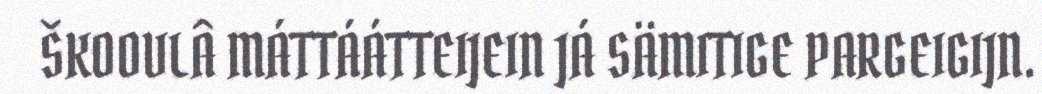
ŠKOOVLÂ MÁTTÁÁTTEIJEIN JÁ SÄMITIGE PARGEIGIJN.